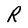
Character: R